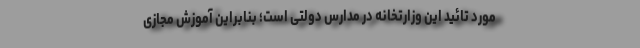
مورد تائید این وزارتخانه در مدارس دولتی است؛ بنابراین آموزش مجازی